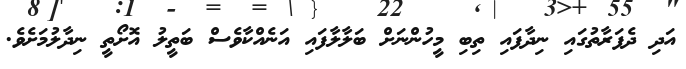
އަދި ދެފަރާތުގައި ނިދާފައި ތިބި މީހުންނަށް ބަލާލާފައި އަނެއްކާވެސް ބަތީލު އޮށޯތީ ނިދާލުމަށެވެ.